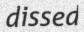
dissed